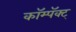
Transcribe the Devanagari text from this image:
कॉम्पॅक्ट्